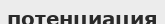
потенциация